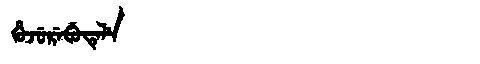
Manchu: ᡥᡠᠵᡠᡵᡝᠪᡠᡨᡝᠯᡝ
Romanization: HUJUREBUTELE